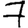
Digit: 7